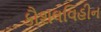
કૌશલવિહીન